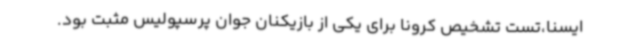
ایسنا،تست تشخیص کرونا برای یکی از بازیکنان جوان پرسپولیس مثبت بود.